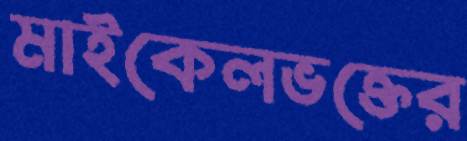
মাইকেলভক্তের